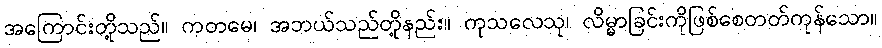
အကြောင်းတို့သည်။ ကတမေ၊ အဘယ်သည်တို့နည်း။ ကုသလေသု၊ လိမ္မာခြင်းကိုဖြစ်စေတတ်ကုန်သော။